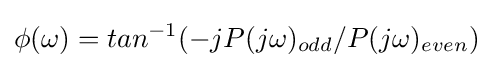
\phi (\omega )=tan^{-1}(-jP(j\omega )_{odd}/P(j\omega )_{even})